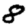
Digit: 8